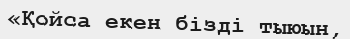
«Қойса екен бізді тыюын,